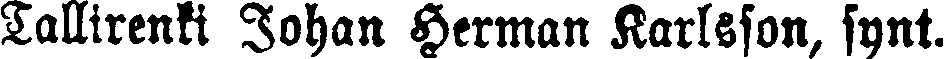
Tallirenki Johan Herman Karlsson, synt.